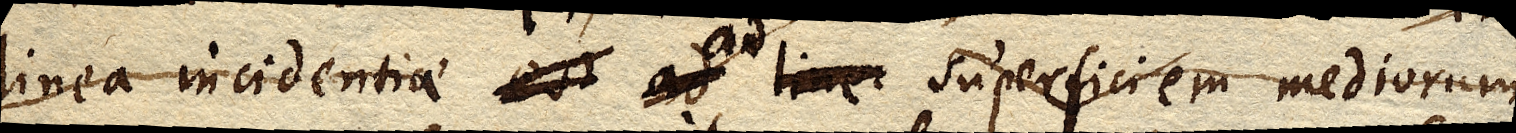
linea incidentiae est ad linea superficiem mediorum